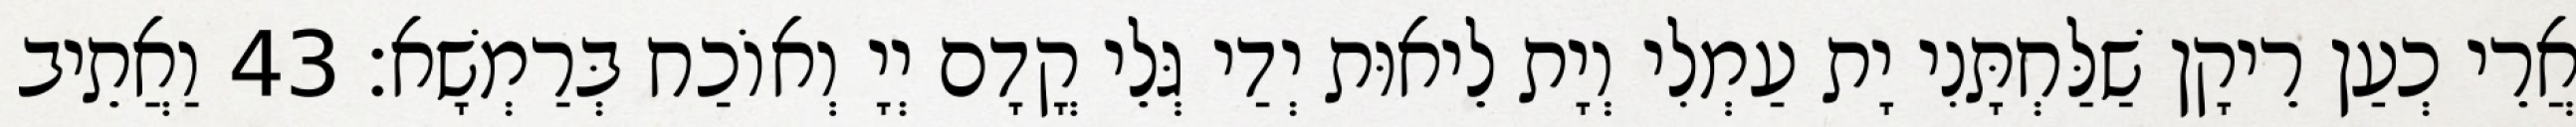
אֲרֵי כְעַן רֵיקָן שַׁלַּחְתָּנִי יָת עַמְלִי וְיָת לֵיאוּת יְדַי גְּלֵי קֳדָם יְיָ וְאוֹכַח בְּרַמְשָׁא׃ 43 וַאֲתֵיב